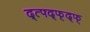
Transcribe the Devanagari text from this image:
द्त्फ्द्फ्द्फ्